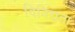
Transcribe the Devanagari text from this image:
विविद्यता